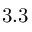
3 . 3